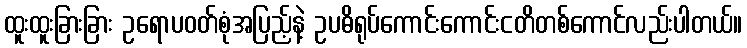
ထူးထူးခြားခြား ဥရောပဝတ်စုံအပြည့်နဲ့ ဥပဓိရုပ်ကောင်းကောင်းငတိတစ်ကောင်လည်းပါတယ်။